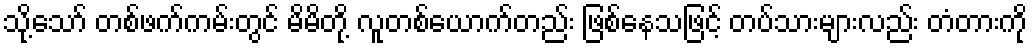
သို့သော် တစ်ဖက်ကမ်းတွင် မိမိတို့ လူတစ်ယောက်တည်း ဖြစ်နေသဖြင့် တပ်သားများလည်း တံတားကို